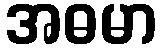
အဓမာ